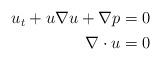
LaTeX: \begin{align*} \begin{aligned} u_t+u\nabla u+\nabla p=0\\ \nabla\cdot u=0\end{aligned}\end{align*}